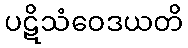
ပဋိသံဝေဒယတိ